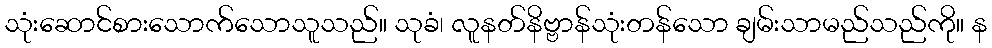
သုံးဆောင်စားသောက်သောသူသည်။ သုခံ၊ လူနတ်နိဗ္ဗာန်သုံးတန်သော ချမ်းသာမည်သည်ကို။ န